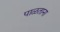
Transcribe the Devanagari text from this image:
पाळताना